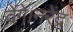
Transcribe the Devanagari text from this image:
देंगे।नरेंद्र